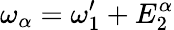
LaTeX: \omega_{\alpha}=\omega_{1}^{\prime}+E_{2}^{\alpha}